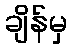
ချိန်မှ